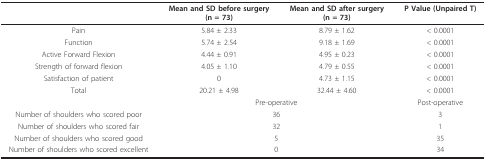
<table><thead><tr><td></td><td><b>Mean and SD before surgery(n = 73)</b></td><td><b>Mean and SD after surgery(n = 73)</b></td><td><b>P Value (Unpaired T)</b></td></tr></thead><tbody><tr><td>Pain</td><td>5.84 ± 2.33</td><td>8.79 ± 1.62</td><td>&lt; 0.0001</td></tr><tr><td>Function</td><td>5.74 ± 2.54</td><td>9.18 ± 1.69</td><td>&lt; 0.0001</td></tr><tr><td>Active Forward Flexion</td><td>4.44 ± 0.91</td><td>4.95 ± 0.23</td><td>&lt; 0.0001</td></tr><tr><td>Strength of forward flexion</td><td>4.05 ± 1.10</td><td>4.79 ± 0.55</td><td>&lt; 0.0001</td></tr><tr><td>Satisfaction of patient</td><td>0</td><td>4.73 ± 1.15</td><td>&lt; 0.0001</td></tr><tr><td>Total</td><td>20.21 ± 4.98</td><td>32.44 ± 4.60</td><td>&lt; 0.0001</td></tr><tr><td></td><td colspan="2">Pre-operative</td><td>Post-operative</td></tr><tr><td>Number of shoulders who scored poor</td><td colspan="2">36</td><td>3</td></tr><tr><td>Number of shoulders who scored fair</td><td colspan="2">32</td><td>1</td></tr><tr><td>Number of shoulders who scored good</td><td colspan="2">5</td><td>35</td></tr><tr><td>Number of shoulders who scored excellent</td><td colspan="2">0</td><td>34</td></tr></tbody></table>